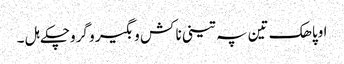
اوپاھک تین پہ تینی نا کش و بگیر و گروچکے ہل ۔